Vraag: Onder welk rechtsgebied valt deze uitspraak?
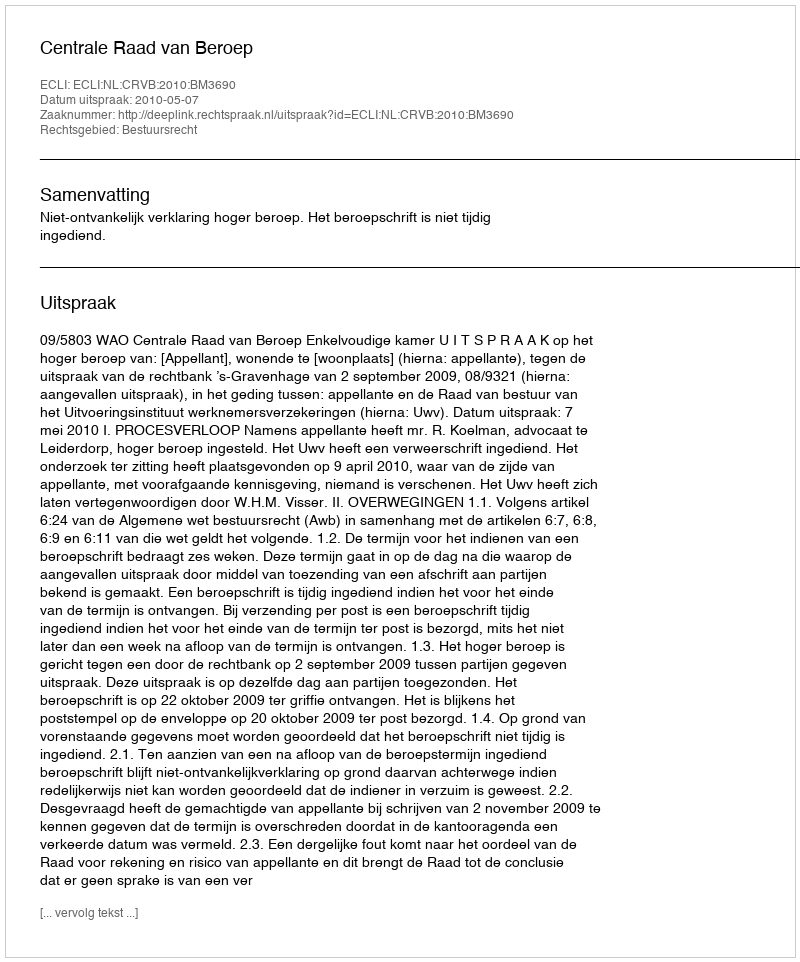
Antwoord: Bestuursrecht